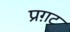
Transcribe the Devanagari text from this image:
प्रग़ट